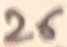
Text: 26